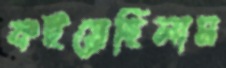
কইয়েছিলাম